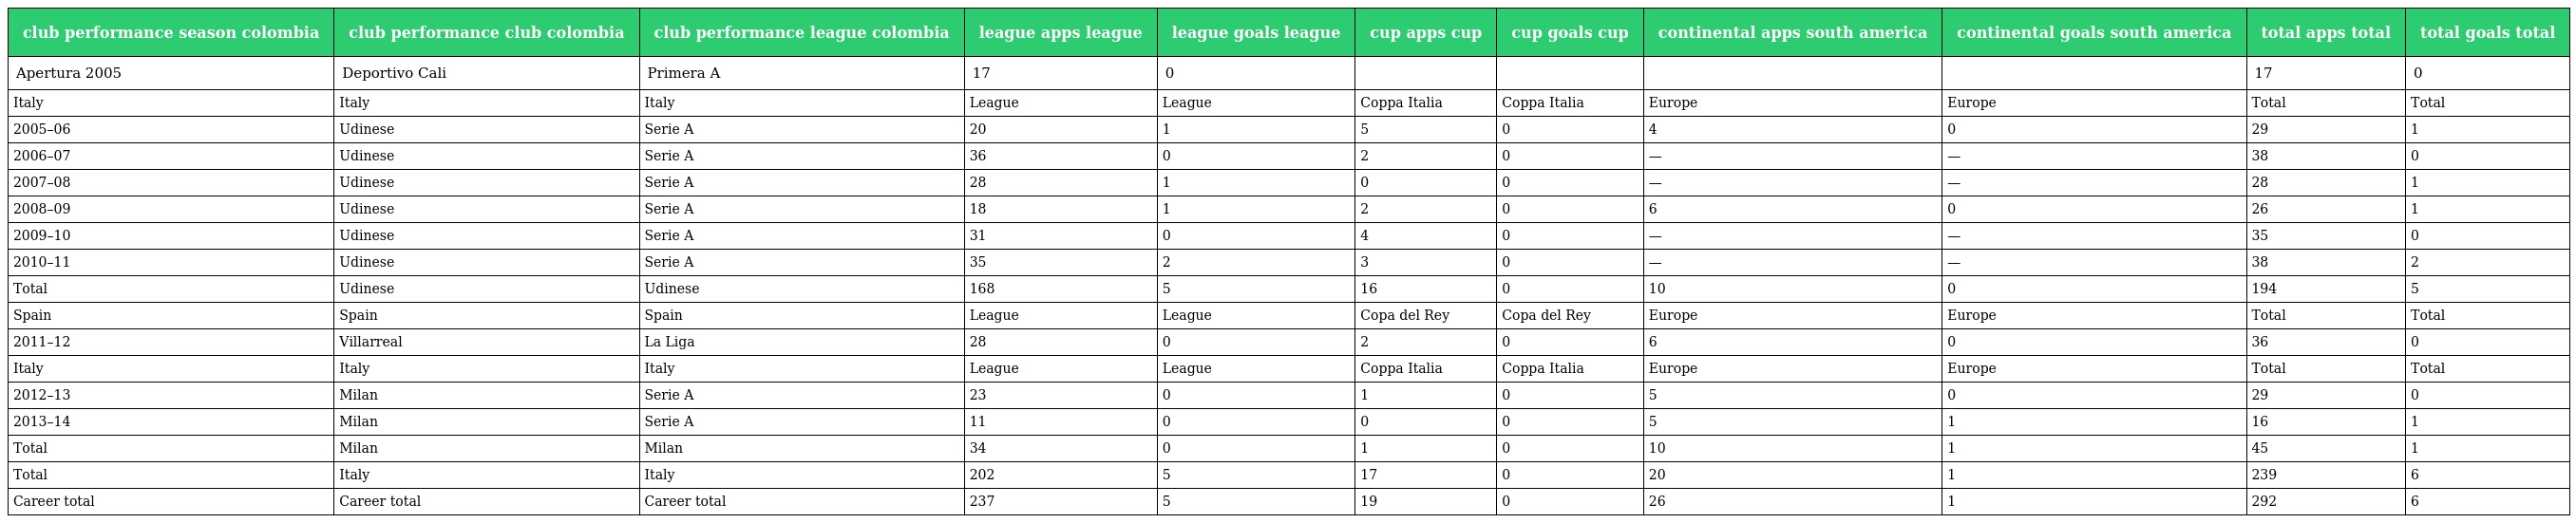
| club performance season colombia | club performance club colombia | club performance league colombia | league apps league | league goals league | cup apps cup | cup goals cup | continental apps south america | continental goals south america | total apps total | total goals total |
 | --- | --- | --- | --- | --- | --- | --- | --- | --- | --- | --- |
 | Apertura 2005 | Deportivo Cali | Primera A | 17 | 0 |  |  |  |  | 17 | 0 |
 | Italy | Italy | Italy | League | League | Coppa Italia | Coppa Italia | Europe | Europe | Total | Total |
 | 2005–06 | Udinese | Serie A | 20 | 1 | 5 | 0 | 4 | 0 | 29 | 1 |
 | 2006–07 | Udinese | Serie A | 36 | 0 | 2 | 0 | — | — | 38 | 0 |
 | 2007–08 | Udinese | Serie A | 28 | 1 | 0 | 0 | — | — | 28 | 1 |
 | 2008–09 | Udinese | Serie A | 18 | 1 | 2 | 0 | 6 | 0 | 26 | 1 |
 | 2009–10 | Udinese | Serie A | 31 | 0 | 4 | 0 | — | — | 35 | 0 |
 | 2010–11 | Udinese | Serie A | 35 | 2 | 3 | 0 | — | — | 38 | 2 |
 | Total | Udinese | Udinese | 168 | 5 | 16 | 0 | 10 | 0 | 194 | 5 |
 | Spain | Spain | Spain | League | League | Copa del Rey | Copa del Rey | Europe | Europe | Total | Total |
 | 2011–12 | Villarreal | La Liga | 28 | 0 | 2 | 0 | 6 | 0 | 36 | 0 |
 | Italy | Italy | Italy | League | League | Coppa Italia | Coppa Italia | Europe | Europe | Total | Total |
 | 2012–13 | Milan | Serie A | 23 | 0 | 1 | 0 | 5 | 0 | 29 | 0 |
 | 2013–14 | Milan | Serie A | 11 | 0 | 0 | 0 | 5 | 1 | 16 | 1 |
 | Total | Milan | Milan | 34 | 0 | 1 | 0 | 10 | 1 | 45 | 1 |
 | Total | Italy | Italy | 202 | 5 | 17 | 0 | 20 | 1 | 239 | 6 |
 | Career total | Career total | Career total | 237 | 5 | 19 | 0 | 26 | 1 | 292 | 6 |